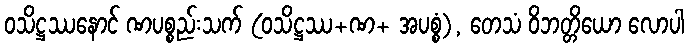
ဝသိဋ္ဌဿနောင် ဏပစ္စည်းသက် (ဝသိဋ္ဌဿ+ဏ+ အပစ္စံ), တေသံ ဝိဘတ္တိယော လောပါ